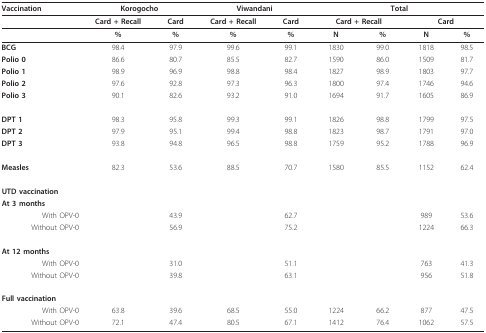
| Vaccination | <COLSPAN=2> Korogocho | <COLSPAN=2> Viwandani | <COLSPAN=4> Total |
 | --- | --- | --- | --- | --- | --- | --- | --- | --- |
 |  | Card + Recall | Card | Card + Recall | Card | <COLSPAN=2> Card + Recall | <COLSPAN=2> Card |
 |  | % | % | % | % | N | % | N | % |
 | BCG | 98.4 | 97.9 | 99.6 | 99.1 | 1830 | 99.0 | 1818 | 98.5 |
 | Polio 0 | 86.6 | 80.7 | 85.5 | 82.7 | 1590 | 86.0 | 1509 | 81.7 |
 | Polio 1 | 98.9 | 96.9 | 98.8 | 98.4 | 1827 | 98.9 | 1803 | 97.7 |
 | Polio 2 | 97.6 | 92.8 | 97.3 | 96.3 | 1800 | 97.4 | 1746 | 94.6 |
 | Polio 3 | 90.1 | 82.6 | 93.2 | 91.0 | 1694 | 91.7 | 1605 | 86.9 |
 | DPT 1 | 98.3 | 95.8 | 99.3 | 99.1 | 1826 | 98.8 | 1799 | 97.5 |
 | DPT 2 | 97.9 | 95.1 | 99.4 | 98.8 | 1823 | 98.7 | 1791 | 97.0 |
 | DPT 3 | 93.8 | 94.8 | 96.5 | 98.8 | 1759 | 95.2 | 1788 | 96.9 |
 | Measles | 82.3 | 53.6 | 88.5 | 70.7 | 1580 | 85.5 | 1152 | 62.4 |
 | UTD vaccination |  |  |  |  |  |  |  |  |
 | At 3 months |  |  |  |  |  |  |  |  |
 | With OPV-0 |  | 43.9 |  | 62.7 |  |  | 989 | 53.6 |
 | Without OPV-0 |  | 56.9 |  | 75.2 |  |  | 1224 | 66.3 |
 | At 12 months |  |  |  |  |  |  |  |  |
 | With OPV-0 |  | 31.0 |  | 51.1 |  |  | 763 | 41.3 |
 | Without OPV-0 |  | 39.8 |  | 63.1 |  |  | 956 | 51.8 |
 | Full vaccination |  |  |  |  |  |  |  |  |
 | With OPV-0 | 63.8 | 39.6 | 68.5 | 55.0 | 1224 | 66.2 | 877 | 47.5 |
 | Without OPV-0 | 72.1 | 47.4 | 80.5 | 67.1 | 1412 | 76.4 | 1062 | 57.5 |